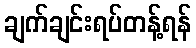
ချက်ချင်းရပ်တန့်ရန်